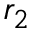
r _ { 2 }